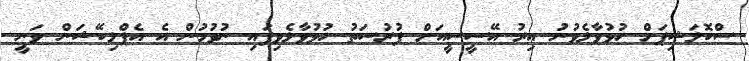
ސްކޮލަޝިޕަށް ހުޅުވާލެވުނު އިރު އޭސީސީއަށް ފުރުސަތު ހުޅުވާލެވިފައި ނުވުމުން އެ އެޕްލިކޭޝަން ވަނީ